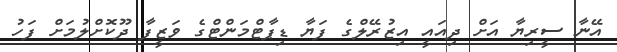
އޭނާ ސީރިޔާ އަށް ދިއައީ އިޒުރޭލްގެ ފަޔާ ޑިޕާޓްމަންޓްގެ ވަޒީފާ ދޫކޮށްލުމަށް ފަހު